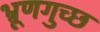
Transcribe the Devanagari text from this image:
भ्रूणगुच्छ